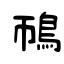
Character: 鳾